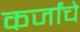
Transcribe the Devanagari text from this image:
कर्जांचे